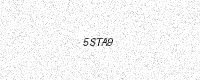
Text: 5STA9